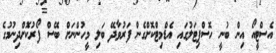
އެސްޓީއޯ އިން ބުނީ ހޮސްޕިޓަލުގައި އެޑްމިޓްކޮށްގެން ފަރުވާދޭ ބަލި މީހުންނަށް ބޭސް ފޯރުކޮށްދިނުމުގެ